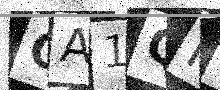
Text: CA1QH0